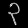
Digit: ၃